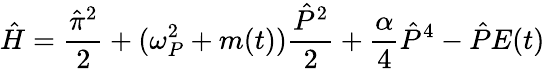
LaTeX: \hat{H}=\frac{\hat{\pi}^{2}}{2}+(\omega_{P}^{2}+m(t))\frac{\hat{P}^{2}}{2}+\frac{\alpha}{4}\hat{P}^{4}-\hat{P}E(t)